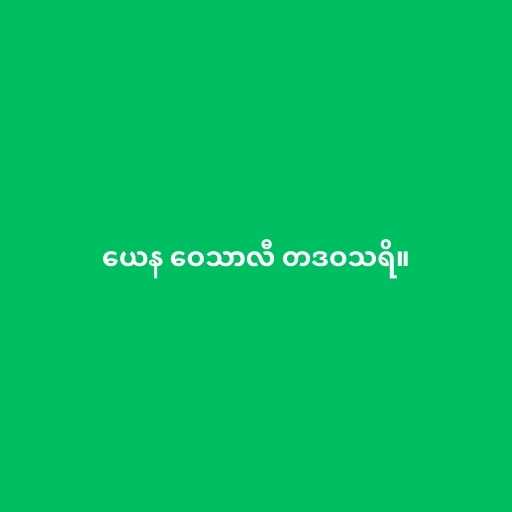
ယေန ဝေသာလီ တဒဝသရိ။